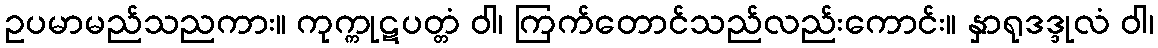
ဥပမာမည်သညကား။ ကုက္ကုဋပတ္တံ ဝါ၊ ကြက်တောင်သည်လည်းကောင်း။ နှာရုဒဒ္ဒုလံ ဝါ၊